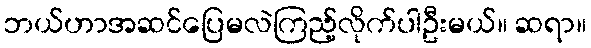
ဘယ်ဟာအဆင်ပြေမလဲကြည့်လိုက်ပါဦးမယ်။ ဆရာ။